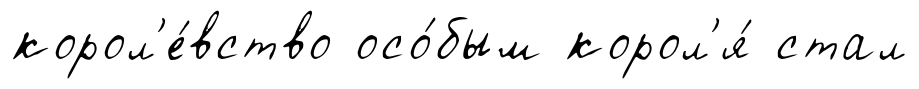
корол'е́вство осо́бым корол'я́ стал